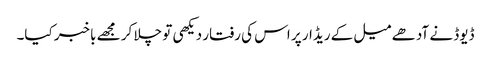
ڈیوڈ نے آدھے میل کے ریڈار پر اس کی رفتار دیکھی تو چلا کر مجھے باخبر کیا۔